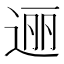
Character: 逦